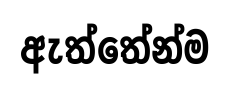
ඇත්තේන්ම